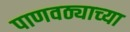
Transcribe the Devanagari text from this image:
पाणवठ्याच्‍या